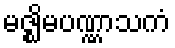
မဇ္ဈိမပဏ္ဏာသကံ